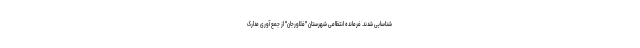
شناسایی شدند. فرمانده انتظامی شهرستان "فلاورجان" از جمع آوری مدارک